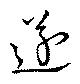
遂